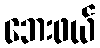
ဘေးဖယ်